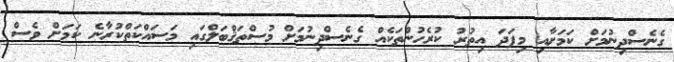
ގެނެސްދިނުމަށް ކަމަށާއި މިފަދަ އިތުރު ކުރެހުންތަކެއް ގެނެސްދިނުމަށް މުސްތަޤްބަލްގައި މަސައްކަތްކުރާނެ ކަމަށް ވެސް